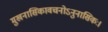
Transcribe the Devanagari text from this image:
मुखनासिकावचनोऽनुनासिकः।